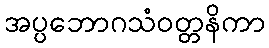
အပ္ပဘောဂသံဝတ္တနိကာ